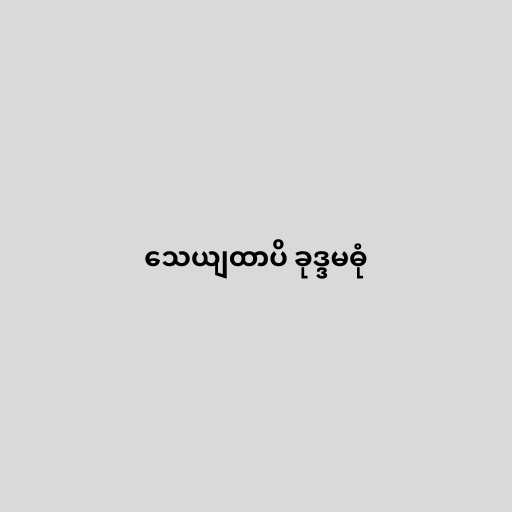
သေယျထာပိ ခုဒ္ဒမဓုံ